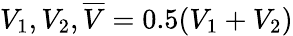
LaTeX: V_{1},V_{2},\overline{{V}}=0.5(V_{1}+V_{2})